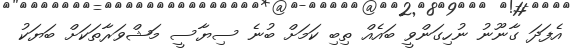
އެފަދަ ގާނޫނު ނުހިގަންވީ ބައެއް ތިބި ކަމަށް ބުނެ ސިޔާސީ މަޝްވަރާތަކަށް ބަޔަކު